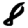
Digit: 8